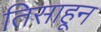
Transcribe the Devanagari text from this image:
तिसाहून